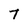
Character: T